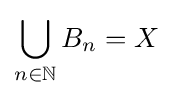
\bigcup _{n\in \mathbb {N} }B_{n}=X